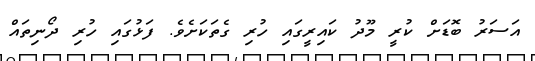
އަސަރު ބޮޑަށް ކުރީ މޫދު ކައިރީގައި ހުރި ގެތަކަށެވެ. ފަޅުގައި ހުރި ދޯނިތައް